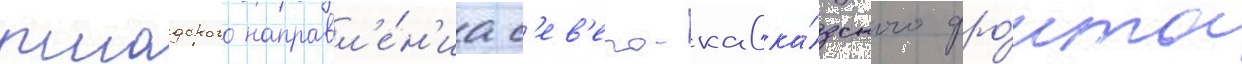
пшадского направл'е́н'иа с'ев'еро-кавка́зского фро́нта